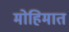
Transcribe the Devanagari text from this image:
मोहिमात